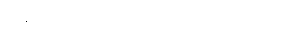
လန့်ဖျပ်ပြီး သေမသွားတာပဲ တော်ပါသေးရဲ့